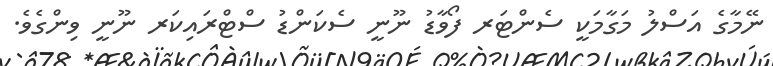
ނޭމާގެ އަސްލު މަގާމަކީ ސެންޓަރ ފޯވާޑު ނޫނީ ސެކަންޑު ސްޓްރައިކަރ ނޫނީ ވިންގެވެ.